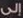
إلى